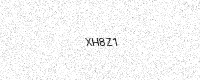
Text: XH8Z1